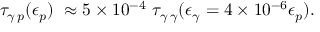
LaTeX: \tau _ { \gamma \, p } ( \epsilon _ { p } ) ~ \approx 5 \times 1 0 ^ { - 4 } ~ \tau _ { \gamma \, \gamma } ( \epsilon _ { \gamma } = 4 \times 1 0 ^ { - 6 } \epsilon _ { p } ) .